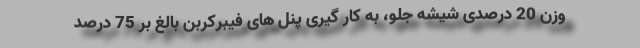
وزن 20 درصدی شیشه جلو، به کار گیری پنل های فیبرکربن بالغ بر 75 درصد